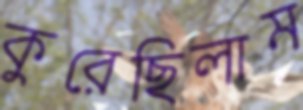
কুরেছিলাম